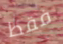
فقط